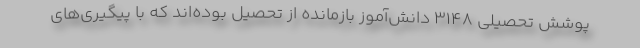
پوشش تحصیلی ۳۱۴۸ دانش‌آموز بازمانده از تحصیل بوده‌اند که با پیگیری‌های